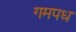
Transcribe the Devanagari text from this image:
गमपध